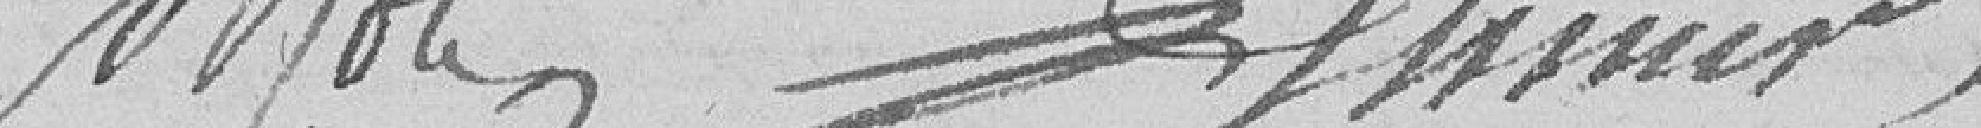
Biron, Brunner